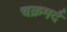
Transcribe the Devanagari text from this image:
चक्रमर्द